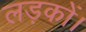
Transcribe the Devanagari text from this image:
लड़कों।